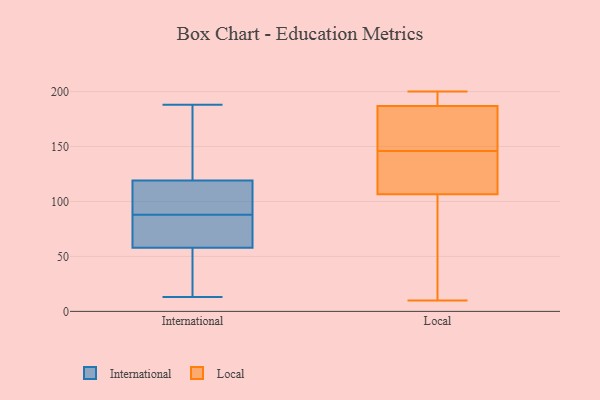
{"axis": {"x": "Population (Million)", "y": "Value"}, "legend": ["International", "Local"], "data": [{"x": "", "y": 58, "type": "International"}, {"x": "", "y": 72, "type": "International"}, {"x": "", "y": 100, "type": "International"}, {"x": "", "y": 119, "type": "International"}, {"x": "", "y": 61, "type": "International"}, {"x": "", "y": 13, "type": "International"}, {"x": "", "y": 187, "type": "International"}, {"x": "", "y": 17, "type": "International"}, {"x": "", "y": 188, "type": "International"}, {"x": "", "y": 119, "type": "International"}, {"x": "", "y": 53, "type": "International"}, {"x": "", "y": 135, "type": "International"}, {"x": "", "y": 87, "type": "International"}, {"x": "", "y": 174, "type": "International"}, {"x": "", "y": 109, "type": "International"}, {"x": "", "y": 72, "type": "International"}, {"x": "", "y": 89, "type": "International"}, {"x": "", "y": 28, "type": "International"}, {"x": "", "y": 200, "type": "Local"}, {"x": "", "y": 132, "type": "Local"}, {"x": "", "y": 191, "type": "Local"}, {"x": "", "y": 87, "type": "Local"}, {"x": "", "y": 133, "type": "Local"}, {"x": "", "y": 25, "type": "Local"}, {"x": "", "y": 172, "type": "Local"}, {"x": "", "y": 147, "type": "Local"}, {"x": "", "y": 145, "type": "Local"}, {"x": "", "y": 183, "type": "Local"}, {"x": "", "y": 170, "type": "Local"}, {"x": "", "y": 196, "type": "Local"}, {"x": "", "y": 10, "type": "Local"}, {"x": "", "y": 197, "type": "Local"}, {"x": "", "y": 126, "type": "Local"}, {"x": "", "y": 67, "type": "Local"}]}